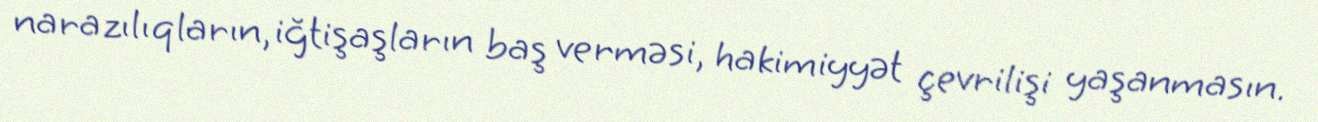
narazılıqların, iğtişaşların baş verməsi, hakimiyyət çevrilişi yaşanmasın.